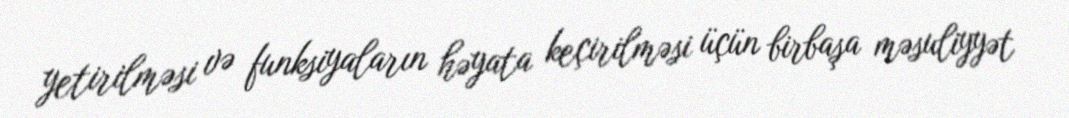
yetirilməsi və funksiyaların həyata keçirilməsi üçün birbaşa məsuliyyət